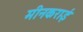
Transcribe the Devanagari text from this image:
मीनकराई